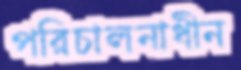
পরিচালনাধীন